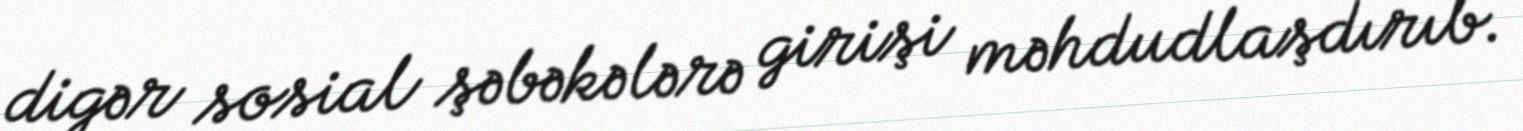
digər sosial şəbəkələrə girişi məhdudlaşdırıb.